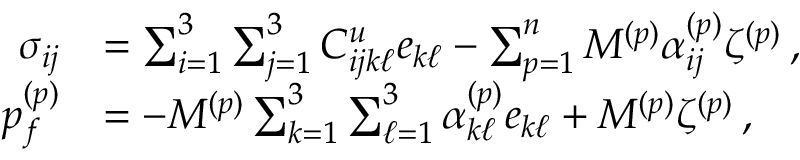
\begin{array} { r l } { \sigma _ { i j } } & { = \sum _ { i = 1 } ^ { 3 } \sum _ { j = 1 } ^ { 3 } C _ { i j k \ell } ^ { u } e _ { k \ell } - \sum _ { p = 1 } ^ { n } M ^ { ( p ) } \alpha _ { i j } ^ { ( p ) } \zeta ^ { ( p ) } \, , } \\ { p _ { f } ^ { ( p ) } } & { = - M ^ { ( p ) } \sum _ { k = 1 } ^ { 3 } \sum _ { \ell = 1 } ^ { 3 } \alpha _ { k \ell } ^ { ( p ) } e _ { k \ell } + M ^ { ( p ) } \zeta ^ { ( p ) } \, , } \end{array}